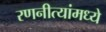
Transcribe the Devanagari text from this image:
रणनीत्यांमध्ये